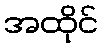
အထိုင်